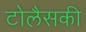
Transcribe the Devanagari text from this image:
टोलैसकी